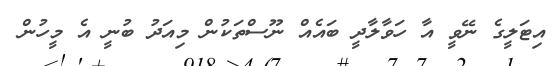
އިޓަލީގެ ނޭވީ އާ ހަވާލާދީ ބައެއް ނޫސްތަކުން މިއަދު ބުނީ އެ މީހުން